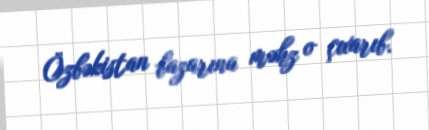
Özbəkistan bazarına məhz o çıxarıb.